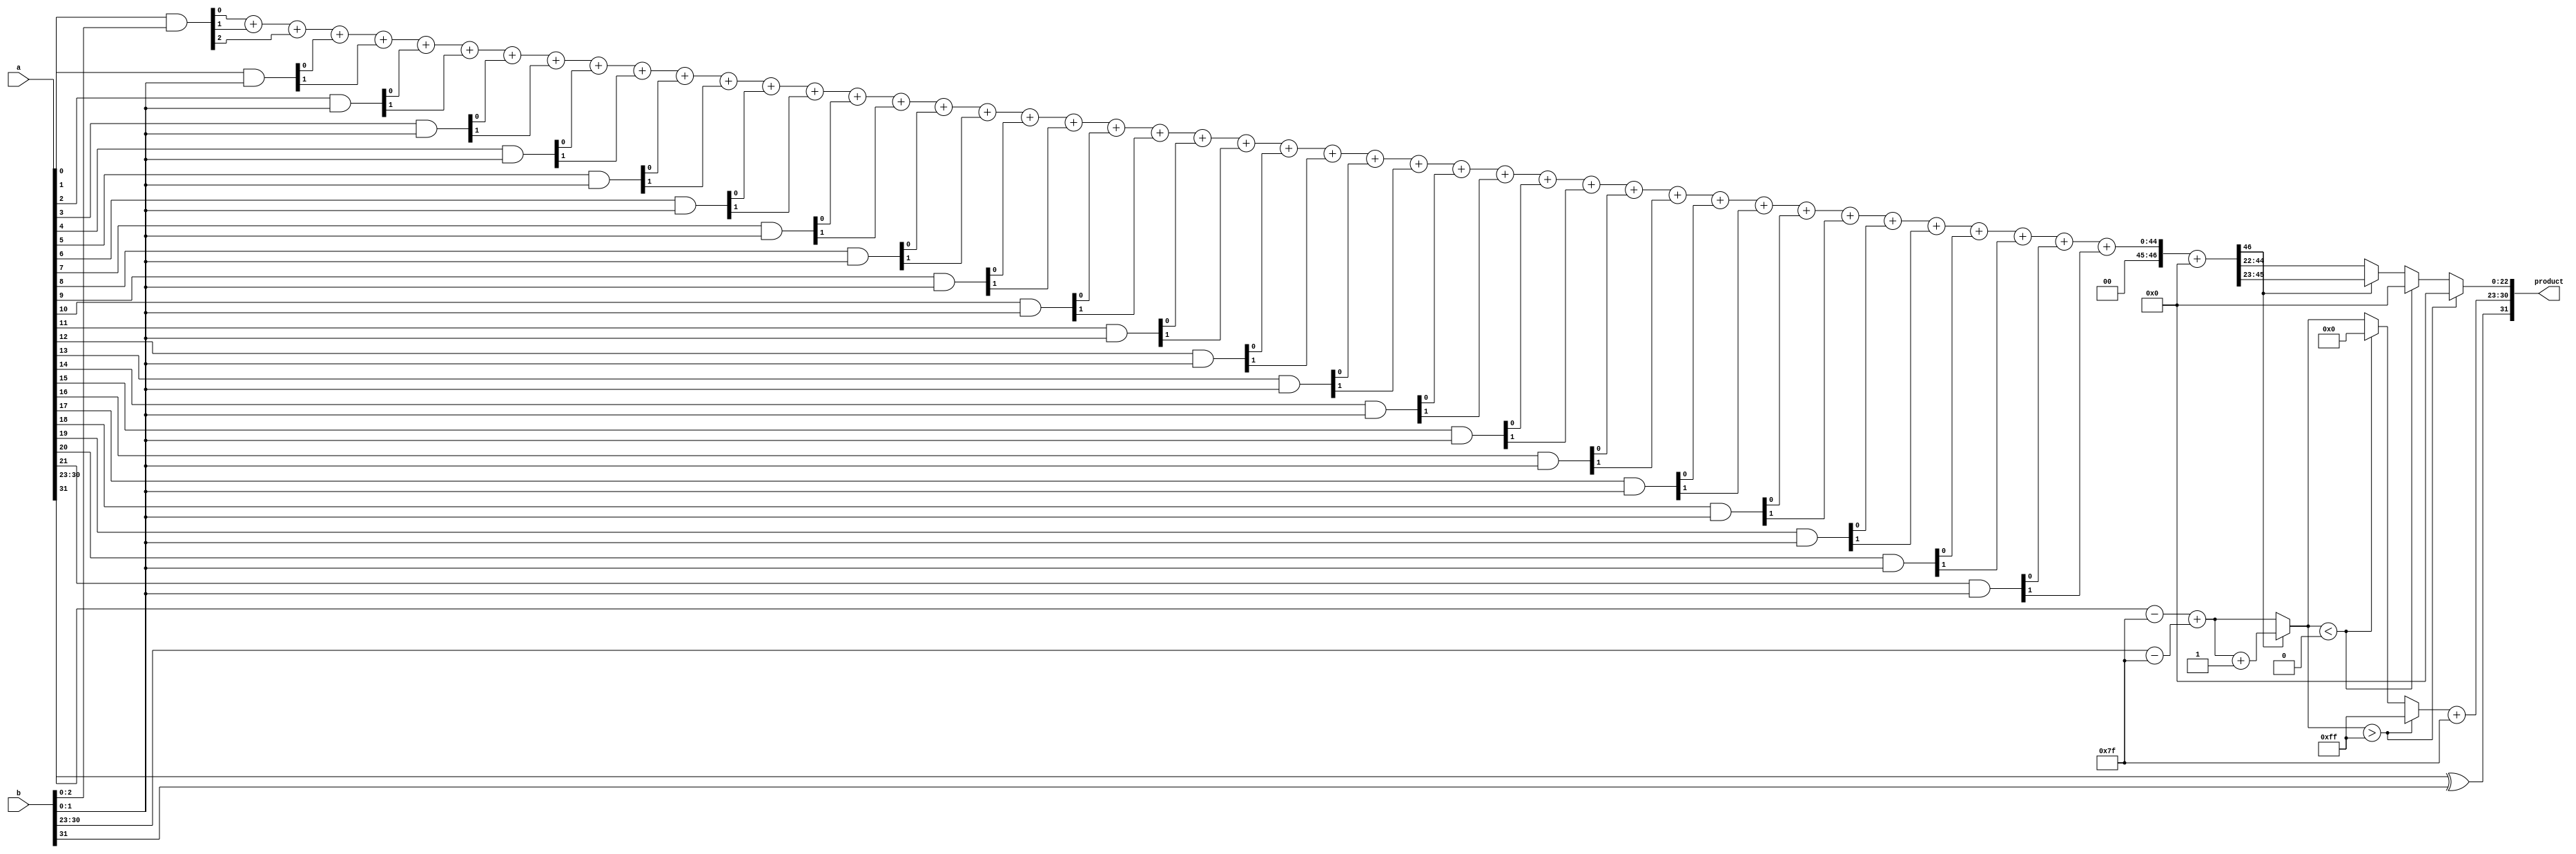
module fp_wallace_tree_multiplier (
    input [31:0] a, // First floating-point operand
    input [31:0] b, // Second floating-point operand
    output reg [31:0] product // Resulting floating-point product
);

    // IEEE 754 components
    wire sign_a, sign_b;
    wire [7:0] exp_a, exp_b;
    wire [22:0] mant_a, mant_b;
    
    // Extract sign, exponent, and mantissa
    assign sign_a = a[31];
    assign exp_a = a[30:23];
    assign mant_a = {1'b1, a[22:0]}; // Implicit leading 1 for normalized numbers
    assign sign_b = b[31];
    assign exp_b = b[30:23];
    assign mant_b = {1'b1, b[22:0]}; // Implicit leading 1 for normalized numbers

    // Bias values for single precision
    parameter BIAS = 8'd127;

    // Adjust exponents
    wire [8:0] exp_a_adjusted = exp_a - BIAS;
    wire [8:0] exp_b_adjusted = exp_b - BIAS;
    wire [8:0] exp_sum = exp_a_adjusted + exp_b_adjusted;

    // Mantissa multiplication
    wire [45:0] mant_product = mant_a * mant_b; // 23+1 + 23+1 = 46 bits

    // Wallace tree reduction
    wire [45:0] pp [0:22]; // Partial products
    genvar i, j;
    generate
        for (i = 0; i < 23; i = i + 1) begin: pp_gen
            assign pp[i] = {23'b0, mant_a[i] & mant_b}; // Generate partial products
        end
    endgenerate

    // Wallace tree reduction logic
    wire [46:0] sum [0:22];
    wire [22:0] carry [0:22];
    
    // Reduction stage
    for (i = 0; i < 22; i = i + 1) begin: reduction
        if (i == 0) begin
            assign {carry[i], sum[i]} = pp[i][0] + pp[i][1] + pp[i][2]; // First group (3 inputs)
        end else begin
            assign {carry[i], sum[i]} = sum[i-1] + pp[i][0] + pp[i][1]; // Subsequent groups
        end
    end

    // Final summation
    wire [46:0] final_sum = sum[21] + carry[21];

    // Normalization
    reg [22:0] mantissa;
    reg [7:0] exponent;
    reg final_sign;
    
    always @(*) begin
        // Determine the final sign
        final_sign = sign_a ^ sign_b;

        // Normalize mantissa and exponent
        if (final_sum[46]) begin
            mantissa = final_sum[45:23]; // Shift right
            exponent = exp_sum + 1; // Adjust exponent
        end else begin
            mantissa = final_sum[44:22]; // Keep as is
            exponent = exp_sum;
        end

        // Handle overflow/underflow
        if (exponent > 8'd255) begin
            exponent = 8'd255; // Set to infinity
            mantissa = 23'b0; // Zero mantissa
        end else if (exponent < 8'd0) begin
            exponent = 8'd0; // Set to zero
            mantissa = 23'b0; // Zero mantissa
        end
    end

    // Combine into final product
    always @(*) begin
        product = {final_sign, exponent + BIAS, mantissa}; // Combine sign, exponent, mantissa
    end

endmodule